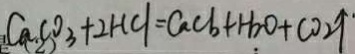
C a C O _ { 3 } + 2 H C l = C a C l _ { 2 } + H _ { 2 } O + C O 2 \uparrow